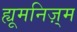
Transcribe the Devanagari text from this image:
ह्यूमनिज़्म